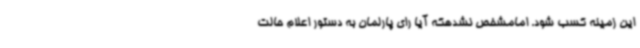
این زمینه کسب شود. امامشخص نشدهکه آیا رای پارلمان به دستور اعلام حالت